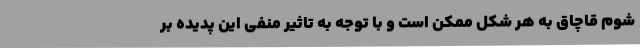
شوم قاچاق به هر شکل ممکن است و با توجه به تاثیر منفی این پدیده بر